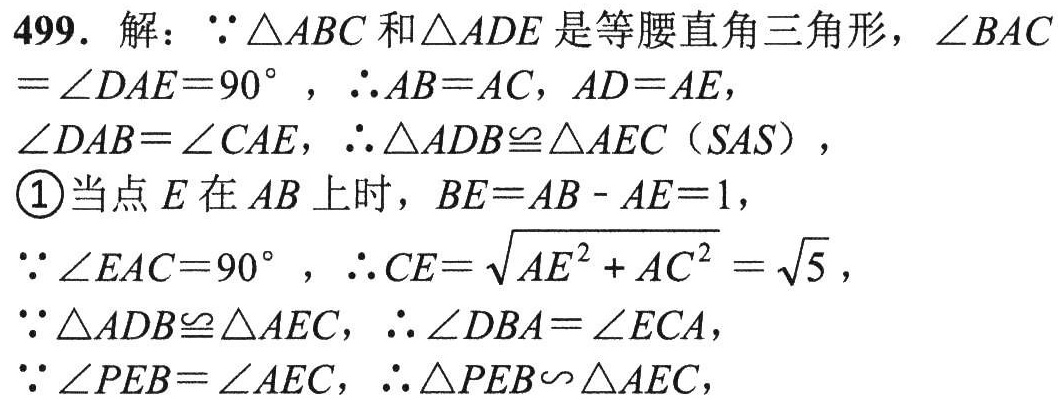
499. 解：\(\because\triangle ABC\) 和\(\triangle ADE\) 是等腰直角三角形，\(\angle BAC=\angle DAE = 90^{\circ}\) ，\(\therefore AB = AC\)，\(AD = AE\)，
\(\angle DAB=\angle CAE\)，\(\therefore\triangle ADB\cong\triangle AEC\)（\(SAS\)），
\textcircled{1}当点 \(E\) 在 \(AB\) 上时，\(BE = AB - AE = 1\)，
\(\because\angle EAC = 90^{\circ}\) ，\(\therefore CE=\sqrt{AE^{2}+AC^{2}}=\sqrt{5}\)，
\(\because\triangle ADB\cong\triangle AEC\)，\(\therefore\angle DBA=\angle ECA\)，
\(\because\angle PEB=\angle AEC\)，\(\therefore\triangle PEB\backsim\triangle AEC\)，